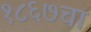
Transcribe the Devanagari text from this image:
१८६७चा